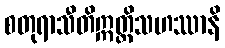
စတုရာသီတိဣတ္ထိသဟဿာနိ